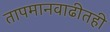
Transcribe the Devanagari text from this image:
तापमानवाढीतही